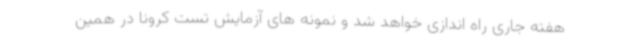
هفته جاری راه اندازی خواهد شد و نمونه های آزمایش تست کرونا در همین